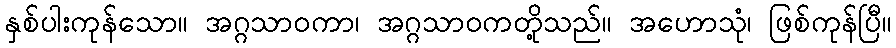
နှစ်ပါးကုန်သော။ အဂ္ဂသာဝကာ၊ အဂ္ဂသာဝကတို့သည်။ အဟောသုံ၊ ဖြစ်ကုန်ပြီ။